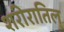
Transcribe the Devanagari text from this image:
शरीरातिल्